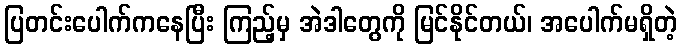
ပြတင်းပေါက်ကနေပြီး ကြည့်မှ အဲဒါတွေကို မြင်နိုင်တယ်၊ အပေါက်မရှိတဲ့